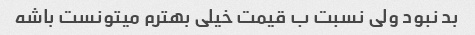
بد نبود ولی نسبت ب قیمت خیلی بهترم میتونست باشه